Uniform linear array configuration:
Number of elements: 32
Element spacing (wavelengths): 1
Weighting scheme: cosine
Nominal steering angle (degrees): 0
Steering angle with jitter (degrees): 1.382
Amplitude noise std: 0.05
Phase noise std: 0.05

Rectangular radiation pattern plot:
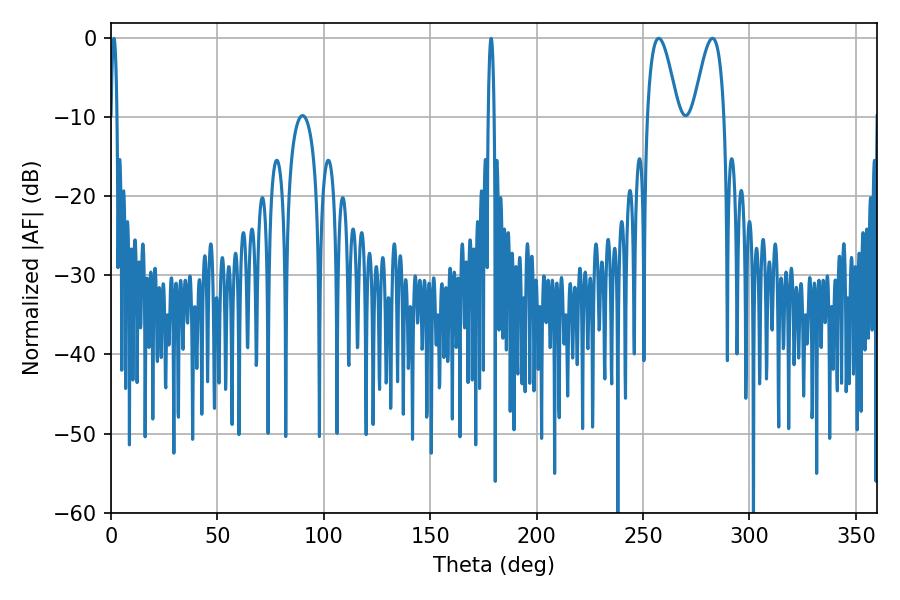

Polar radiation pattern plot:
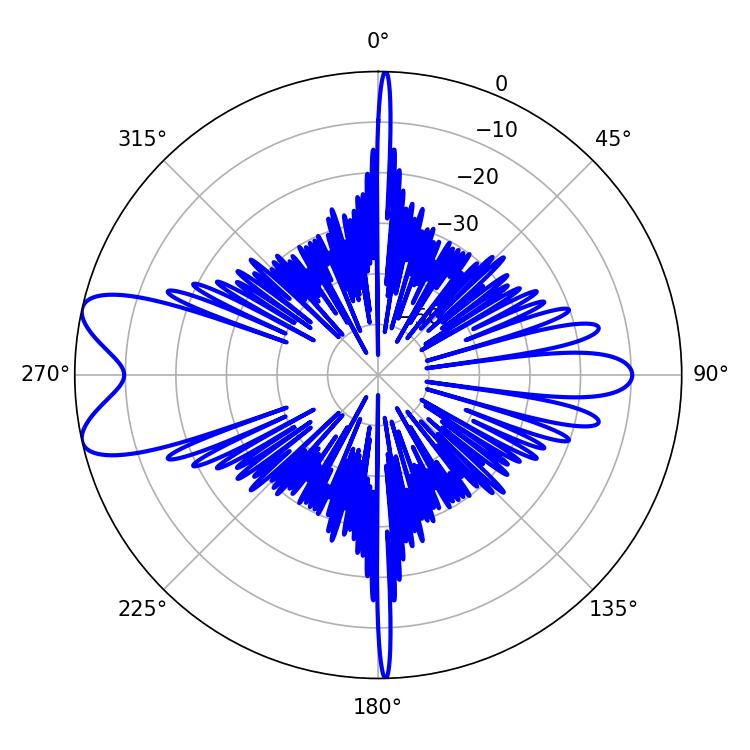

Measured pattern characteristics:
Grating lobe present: TRUE
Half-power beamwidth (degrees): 7.74
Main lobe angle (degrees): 257.4